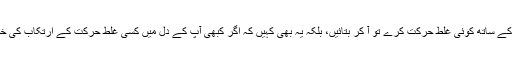
اپنے بچوں کو صرف یہی سہارا نہ دیں کہ بیٹا اگر اپ کے ساتھ کوئی غلط حرکت کرے تو آ کر بتائیں، بلکہ یہ بھی کہیں کہ اگر کبھی آپ کے دل میں کسی غلط حرکت کے ارتکاب کی خواہش زور پکڑنے لگے تو آپ آ کر ہم سے مدد مانگیں۔